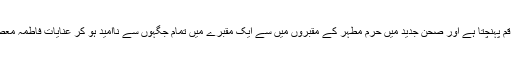
چار و ناچار وہ آوارہ وطن تہی داماں رنجور شخص قم پہنچتا ہے اور صحن جدید میں حرم مطہر کے مقبروں میں سے ایک مقبرے میں تمام جگہوں سے ناامید ہو کر عنایات فاطمہ معصومہ سلام اللہ علیہا سے اپنے دل کو تسلی دیتا ہے ۔